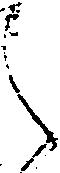
之